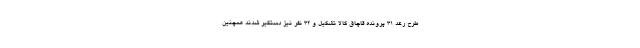
طرح رعد ۳۱ پرونده قاچاق کالا تشکیل و ۳۲ نفر نیز دستگیر شدند همچنین